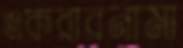
একরারনামা